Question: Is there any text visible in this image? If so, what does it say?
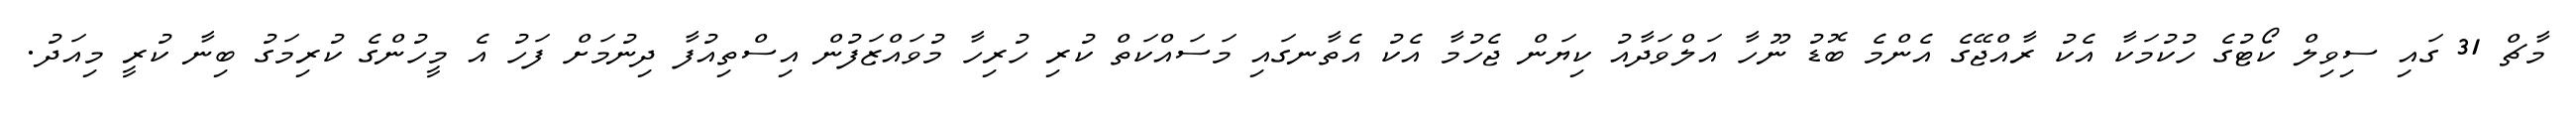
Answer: މާޗް 31 ގައި ސިވިލް ކޯޓުގެ ހުކުމަކާ އެކު ރާއްޖޭގެ އެންމެ ބޮޑު ނޫހާ އަލްވަދާއު ކިޔަން ޖެހުމާ އެކު އެތާނގައި މަސައްކަތް ކުރި ހުރިހާ މުވައްޒަފުން އިސްތިއުފާ ދިނުމަށް ފަހު އެ މީހުންގެ ކުރިމަގު ބިނާ ކުރީ މިއަދު.